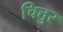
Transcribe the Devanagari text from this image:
चित्तुर